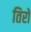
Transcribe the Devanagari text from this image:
तिरो